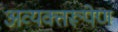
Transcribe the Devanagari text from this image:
अव्यक्तरूपेण